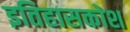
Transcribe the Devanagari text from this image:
इतिहासकोश